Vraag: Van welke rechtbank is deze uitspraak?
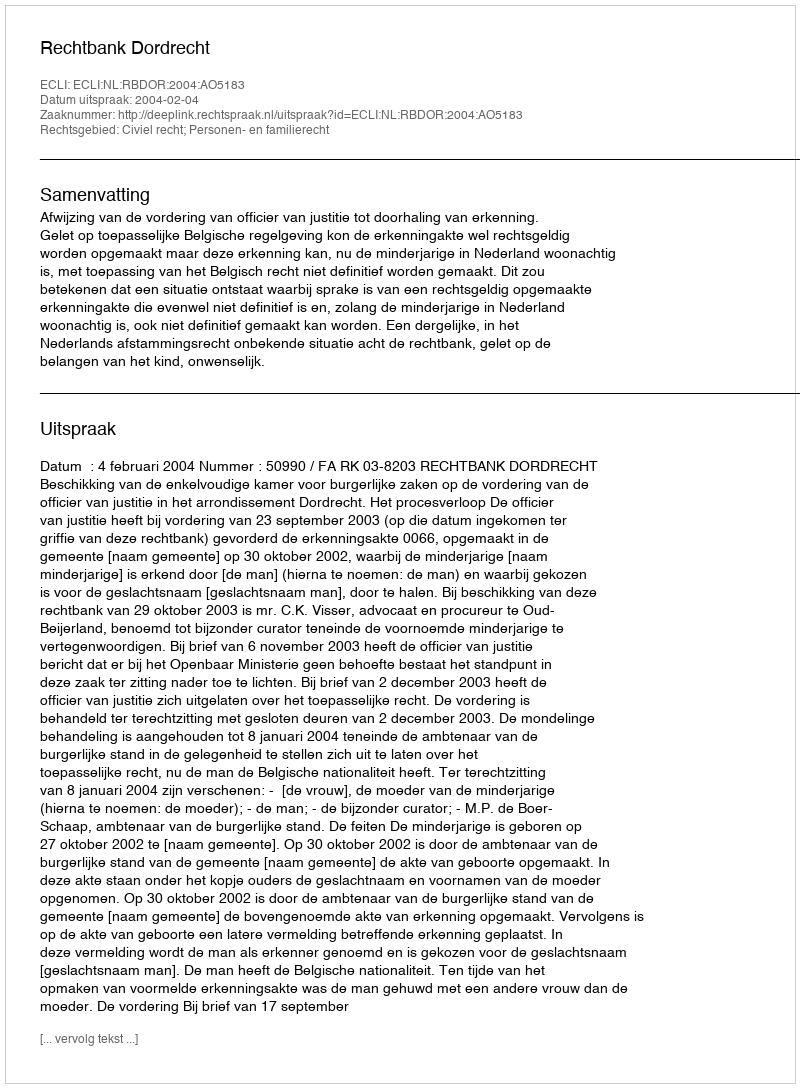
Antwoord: Rechtbank Dordrecht